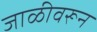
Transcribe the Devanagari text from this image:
जाळीवरून